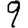
Digit: 9